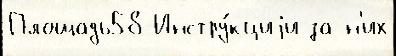
Площадь58 Инстру́кциjи за н'их